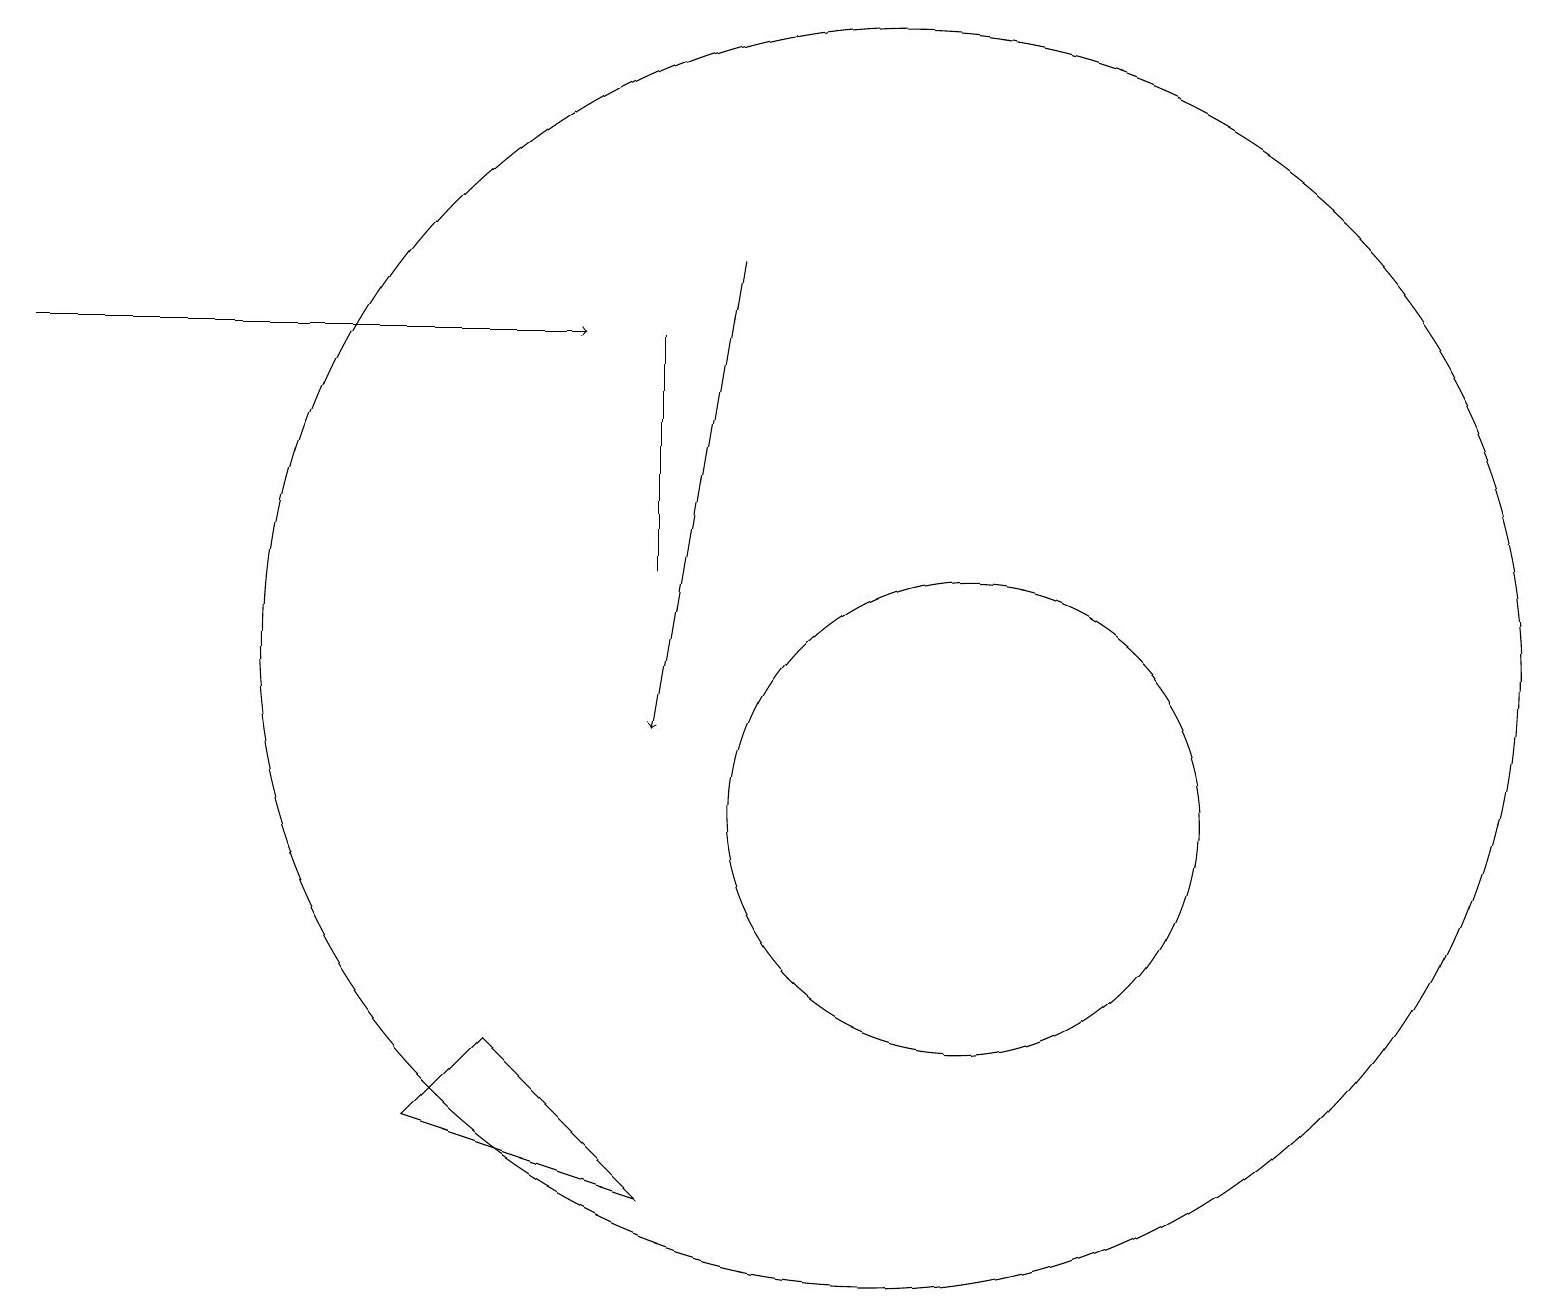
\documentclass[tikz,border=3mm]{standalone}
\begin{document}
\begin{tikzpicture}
\draw[->] (9,17) -- (8,11);
\draw (8,16) rectangle (8,13);
\draw (11,12) circle (8);
\draw (12,10) circle (3);
\draw[->] (0,16) -- (7,16);
\draw (8,5) -- (5,6) -- (6,7) -- cycle;
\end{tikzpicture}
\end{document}